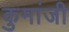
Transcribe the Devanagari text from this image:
कुमांजी